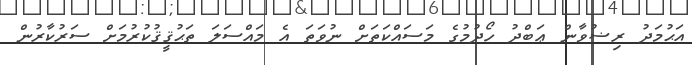
އަޙުމަދު ރިޟުވާން ޢަބްދު ހޯދުމުގެ މަސައްކަތަށް ނުވަތަ އެ މައްސަލަ ތަޙުޤީޤުކުރުމަށް ސަރުކާރުން